system: You are a helpful assistant.
user:
Analyze the provided spectrum to determine if it is a **M-type Giant (gM)**.

A M-type Giant spectrum is defined by its **strong molecular absorption** features, particularly from **Titanium Oxide (TiO)**. You must check for one of the following mutually exclusive signatures:

- **Key Visual Indicators (Absorption-Dominated Spectrum):**

    - **(Primary):** The spectrum is dominated by strong molecular absorption from **Titanium Oxide (TiO)**. This is the **defining feature** of its M-type temperature class.
        - **(Key Bandheads):** Look for sharp, "saw-tooth" absorption valleys. The strongest are located near **~7050 Å**, **~6160 Å**, and **~5170 Å**.
        - **(Line Profile):** The "saw-tooth" morphology is critical: a **sharp, steep drop on the BLUE (short-wavelength) side** of the bandhead, followed by a gradual recovery (rising flux) towards the RED (long-wavelength) side.

    - **(Key Confirmation - Giant vs. Dwarf):** **ABSENCE** of strong **Calcium Hydride (CaH)** molecular bands. This is the primary diagnostic for *excluding* M-dwarfs.
        - **(Key Region):** The spectrum should lack the strong, broad absorption band seen in dwarfs between **~6800 Å and ~7000 Å**.

    - **(Secondary Confirmation - Giant):** A very strong and broad **Neutral Calcium (Ca I)** atomic absorption line.
        - **(Key Line):** Located at **~4226 Å**. In a giant (gM), this line is significantly deeper and broader than the same line in an M-dwarf (dM) due to low surface gravity.

    - **(Overall Spectrum):**
        - The continuum is **extremely red-sloping** (i.e., flux is very low in the blue and rises dramatically towards the red).
        - The entire spectrum appears "chopped up" by the deep TiO bands.

Think first, call **spectral_visualization_tool** if needed to examine features in detail, then provide your final answer. Your response must adhere to the following strict rules:
1.  **Overall Structure:** Your response must follow the format `<think>...</think> <tool_call>...</tool_call> (if a tool is used) <answer>...</answer>`.
2.  **Tool Usage Constraint:** You may only make **one** tool call per turn.
3.  **Final Answer Format:** In the `<answer>` tag, your conclusion must be inside a `\boxed{}` command (e.g., `\boxed{YES}` or `\boxed{NO}`), followed by your justification.

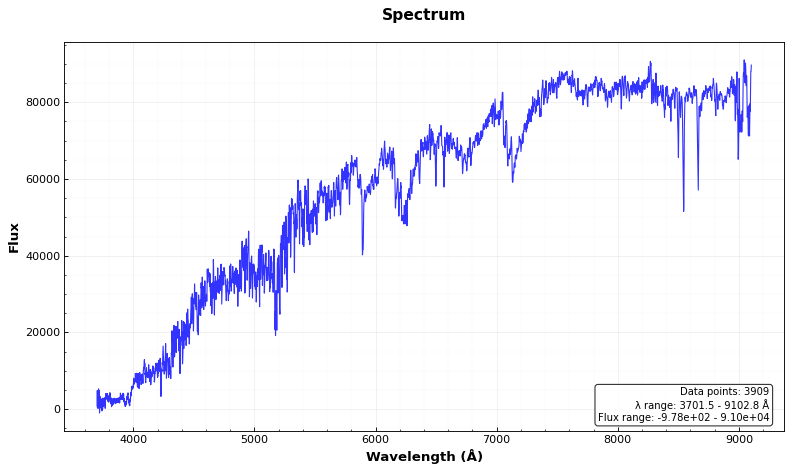
Answer: YES